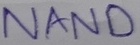
Text: NAND